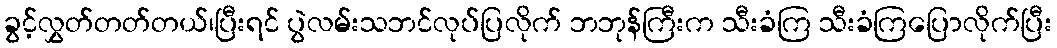
ခွင့်လွှတ်တတ်တယ်၊ပြီးရင် ပွဲလမ်းသဘင်လုပ်ပြလိုက် ဘဘုန်ကြီးက သီးခံကြ သီးခံကြပြောလိုက်ပြီး